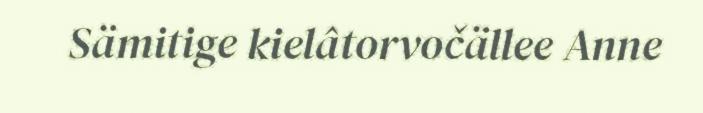
Sämitige kielâtorvočällee Anne